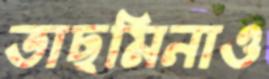
তাছমিনাও